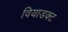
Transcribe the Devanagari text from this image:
वियाडक्ट